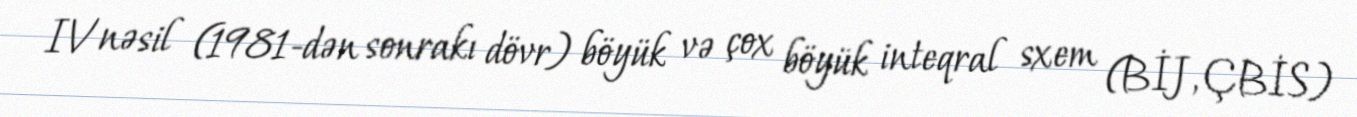
IV nəsil (1981-dən sonrakı dövr) böyük və çox böyük inteqral sxem (BİJ, ÇBİS)